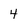
Character: 4